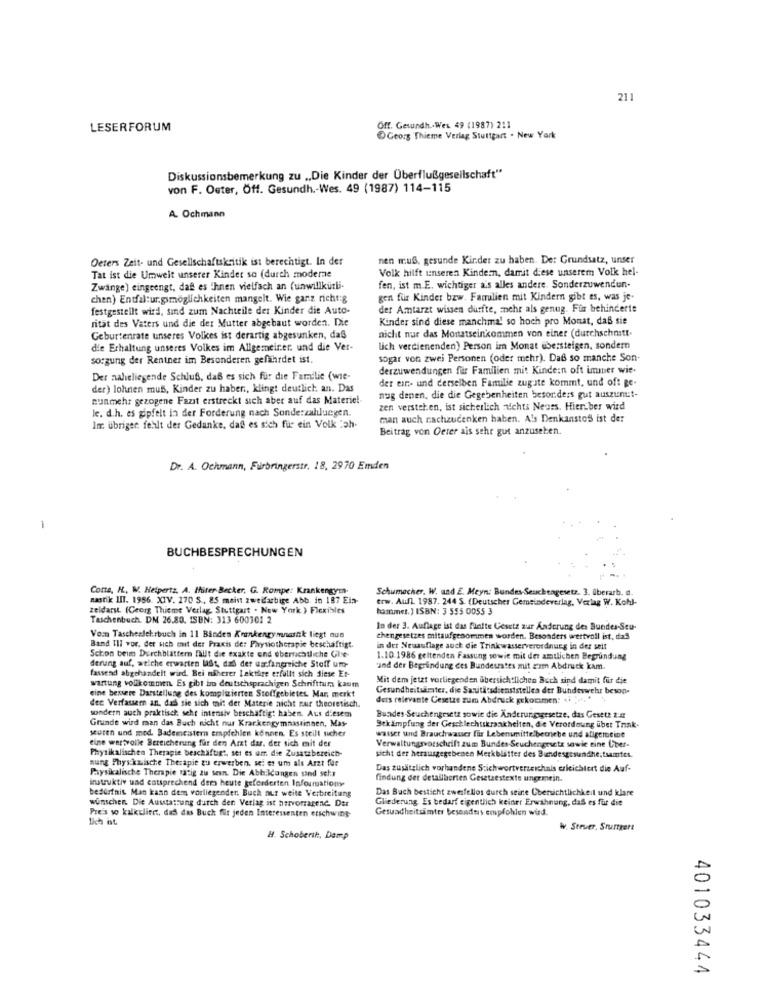
21
LESERFORUM
Off. Gesundh .. Wex 49 (1987) 211
Georg Thieme Verlag Stuttgart . New York
Diskussionsbemerkung zu „,Die Kinder der Überflußgesellschaft“
von F. Oster, Öff. Gesundh .- Wes. 49 (1987) 114-115
A. Ochmann
Oeters Zeit- und Gesellschaftskritik ist berechtigt. In der
nen muß, gesunde Kinder zu haben. De: Grundsatz, unser
Volk hilft unseren Kindern, damit diese unserem Volk hel-
Tat ist die Umwelt unserer Kinder so (durch moderne
Zwänge) eingeengt, daß es ihnen vielfach an (unwillkürli
fen, ist m.E. wichtiger ais alles andere. Sonderzuwenden-
chen) Entfal:ur.gsmöglichkeiten mangelt. Wie ganz richt:g
gen für Kinder bzw. Familien mit Kindern gibt es, was je.
festgestellt wird, sind zum Nachteile der Kinder dit Auto-
der Amtarzt wissen durfte, mehr als genug. Für behinderte
ritat des Vaters und die der Mutter abgebaut worden. Die
Kinder sind diese manchmal so hoch pro Monat, daß sie
nicht nur das Monatseinkommen von einer (durchschnitt-
Geburtenrate unseres Volkes ist derartig abgesunken, daß
die Erhaltung unseres Volkes im Allgemeiner. und die Ver-
lich verdienenden) Person im Monat übersteigen, sondern
sorgung der Rentner im Besonderen gefährdet ist.
sogar von zwei Personen (oder mehr). Daß so manche Son-
derzuwendungen für Familien mit Kindern oft immer wie.
Der naheliegende SchluB, daß es sich fur die Familie (wie-
der ein- und derselben Familie zugate kommt, und oft ge-
der) lohnen muss, Kinder zu haben, klingt deutlich an. Das
nunmehr gezogene Fazit erstreckt sich aber auf das Materie !-
nug denen, die die Gegebenheiten besonders gut auszunut-
Je. d.h. es gipfelt in der Forderung nach Sonde:zahlungen.
zen verstehen, ist sicherlich nichts Neues. Hieriber wird
man auch nachzudenken haben. Als Denkanstof ist der
Im übrigen fehlt der Gedanke, daß es sich fur ein Volk tah-
Beitrag von Oeter ais sehr gut anzusehen.
Dr. A. Ochmann, Fürbringerstr. 18, 2970 Emden
-
BUCHBESPRECHUNGEN
Conte, H. W. Helpertz. A. Miter Becker, G. Rompe: Krankengym-
Schumacher. W. und E. Meyn: Bundes-Seuchengesetz. 3. überarb.
nastik III. 1956. XIV. 270 S ., 85 meint zweifarbige Abb. in 187 Ein-
erw. Aufl. 1987. 244 S. (Deutscher Gemeindeverlag, Verlag W. Kohl-
zeldarst. (Georg Thieme Verlag, Stuttgart . New York ) Flexibles
hammer. ) ISBN: 3 555 0055 3
Taschenbuch. DM 26.80. ISBN: 313 600301 2
In der 3. Auflage ist das fünfte Gesetz zur Anderung des Bundes-Seu-
Vom Tascheslehrbuch in 11 Bindes Krankengymnastik liegt nun
chengesetzes mitaufgenommen worden. Besonders wertvoll ist, daß
Band III vor, der sich out der Praxis de: Physiotherapie beschäftigt.
in der Neuauflage auch die Trinkwasserverordnung in der seit
Schon bein Durchblättern fällt die exakte end ebersichtliche Ghe-
1.10.1986 geltenden Fassung sowie mit der amtlichen Begründung
derung auf, welche erwarten last, dal der umfangreiche Stoff um-
und der Begründung des Bundesrates mit zam Abdruck kam.
fassend abgehandelt wird. Bei niherer Lektere erfullt sich diese Er-
Mit dem jetzt vorliegenden Gbersichtlichen Buch sind damit für die
wartung vollkommen. Es gibt im deutschsprachigen Schrifttums kaum
Gesundheitsamter, die Santi:sdienststellea der Bundeswehr beson-
eine bessere Darstellung des komplizierten Stoffgebietes. Mar, merkt
dec Verfasser an, das sie sich mit der Materie nicht nur theoretisch,
ders relevante Cesetze zum Abdruck gekommen: 41
sondern auch praktisch; sehr intensiv beschäftigt haben. Aus diesem
Grunde wird man das Buch nicht nur Krankengymnastinnen, May-
Bundes-Seuchengesetz sowie die Änderungsgesetze, das Gesetz 2:4
seuren und mod. Bademeistern empfehlen können. Es steill ucher
Bekämpfung der Geschlechtskrankheiten, die Verordnung über Trink-
eine wertvolle Bereicherung für den Arzt dar, der sich mit der
Verwaltungsvorschrift zum Bundes-Seuchengesetz sowie eine Uber-
wasser und Brauchwasser für Lebensmittelbetriebe und aligerteine
Physikalischen Therapie beschäftigt, sei es um die Zusatzbereich-
nung Physikalische Therapie zu erwerben. sei es um als Arzt fue
sicht der herausgegebenen Merkblätter des Bundesgesundhe; tsamtes.
Das zusätzlich vorhandene Stichwortverzeichnis erleichtert die Auf-
Physikalische Therapie ratig zu sein. Die Abbildungen sind sehr
findung der detailberten Gesetzestexte ungrmein.
instruktiv und cotsprechend der heute geforderten Infouruationy
bedürfnis. Man kann dem vorliegender. Buch aur weite Verbreitung
Das Buch besticht zweifellos durch seine Übersichtlichkeit und klare
wünschen. Die Austattung durch den Verlag ist hervorragend. Der
Gliederung. Es bedarf eigentlich keiner Erwähnung, das es für die
Pre's so kalkuliert, das das Buch für jeden Interessenten erschwing
Gesundheitsamter besandmis empfohlen wird.
W. Steuer, Srurgert
H. Schoberik, Damp
401033444